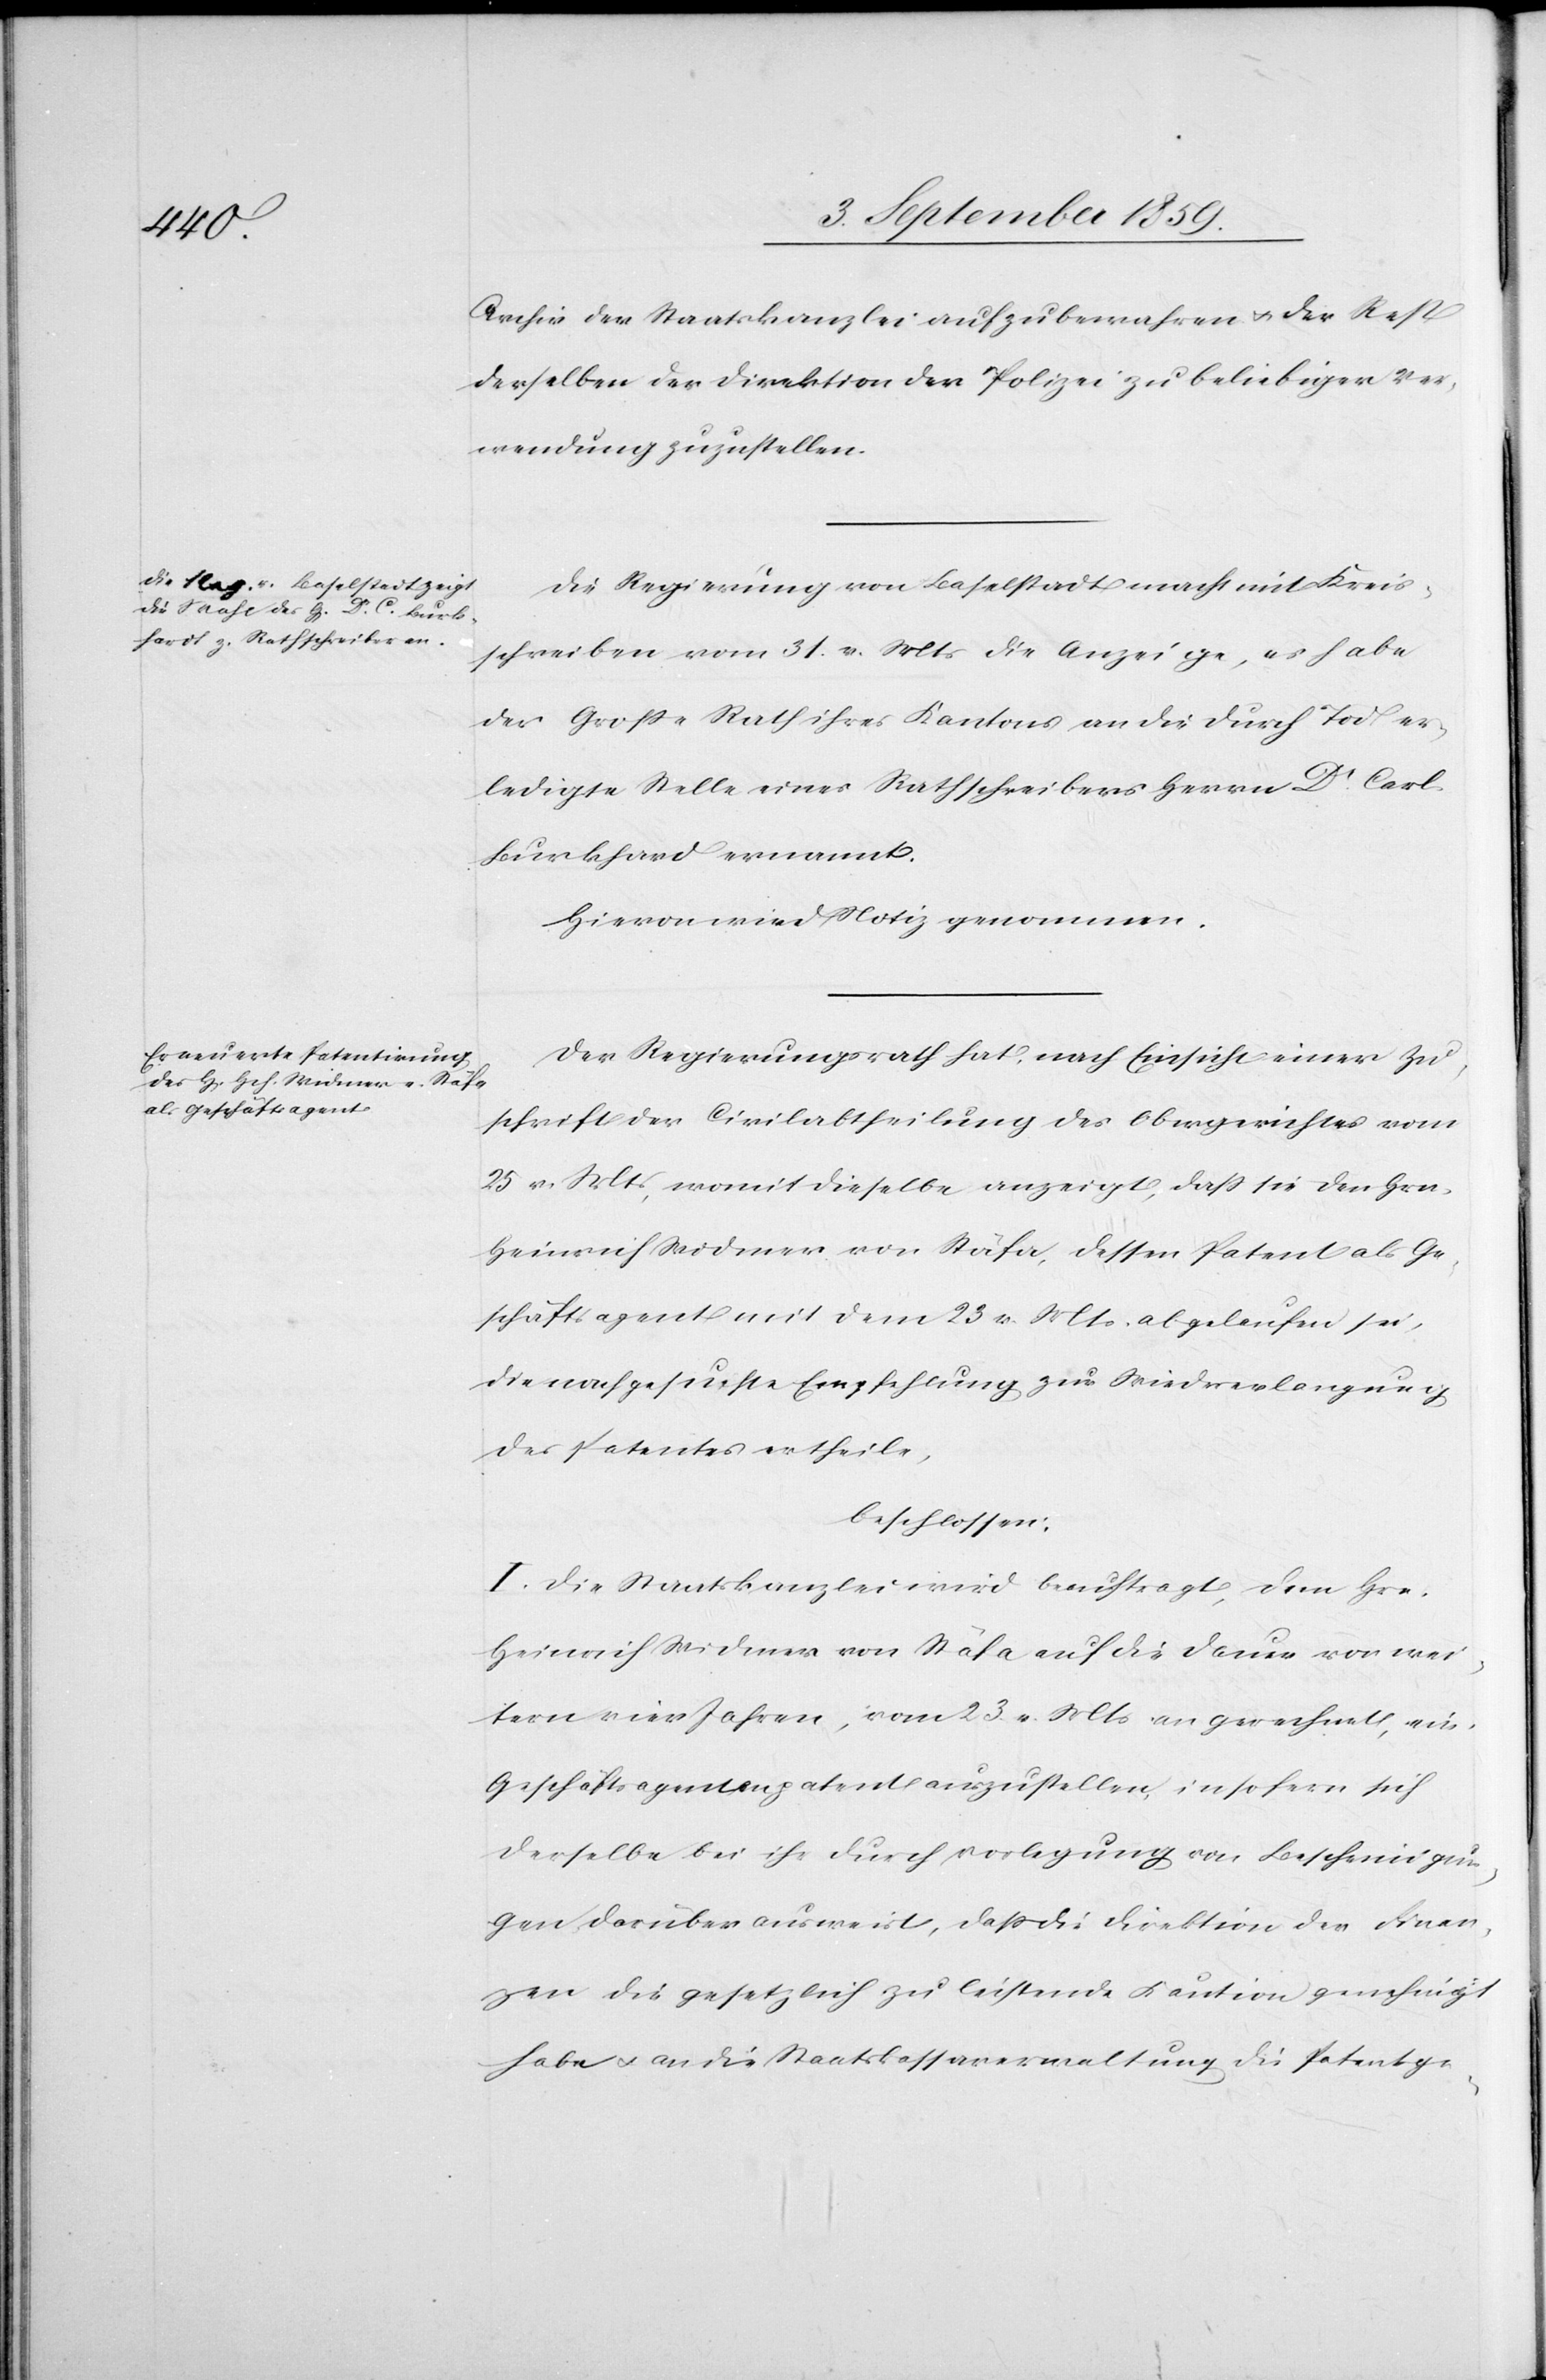
Archiv der Staatskanzlei aufzubewahren & der Rest
derselben der Direktion der Polizei zu beliebiger Ver¬
wendung zuzustellen.
Die Regierung von Baselstadt macht mit Kreis¬
schreiben vom 31. v. Mts. die Anzeige, es habe
der Große Rath ihres Kantons an die durch Tod er¬
ledigte Stelle eines Rathschreibers Herrn Dr. Carl
Burkhard [sic!] ernannt.
Hievon wird Notiz genommen.
Der Regierungsrath hat, nach Einsicht einer Zu¬
schrift der Civilabtheilung des Obergerichtes vom
25. v. Mts. womit dieselbe anzeigt, daß sie den Hrn.
Heinrich Widmer von Stäfa, dessen Patent als Ge¬
schäftsagent mit dem 23. v. Mts. abgelaufen sei,
die nachgesuchte Empfehlung zur Wiedererlangung
des Patentes ertheile,
beschlossen:
I. Die Staatskanzlei wird beauftragt, dem Hrn.
Heinrich Widmer von Stäfa auf die Dauer von wei¬
tern vier Jahren, vom 23. v. Mts. an gerechnet, ein
Geschäftsagentenpatent auszustellen, insofern sich
derselbe bei ihr durch Vorlegung von Bescheinigun¬
gen darüber ausweist, daß die Direktion der Finan¬
zen die gesetzlich zu leistende Kaution genehmigt
habe & an die Staatskassaverwaltung die Patentge-